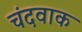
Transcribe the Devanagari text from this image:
चंदवाक